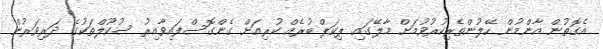
އެގޮތުން އާންމުން ހޭލުންތެރިކުރުވުމަށް މާލޭގައި ޕިކަޕް ބުރެއް ކުރިއަށް ގެންގޮސްފައިވާއިރު ސުކޫލްތަކުގެ ދަރިވަރުން